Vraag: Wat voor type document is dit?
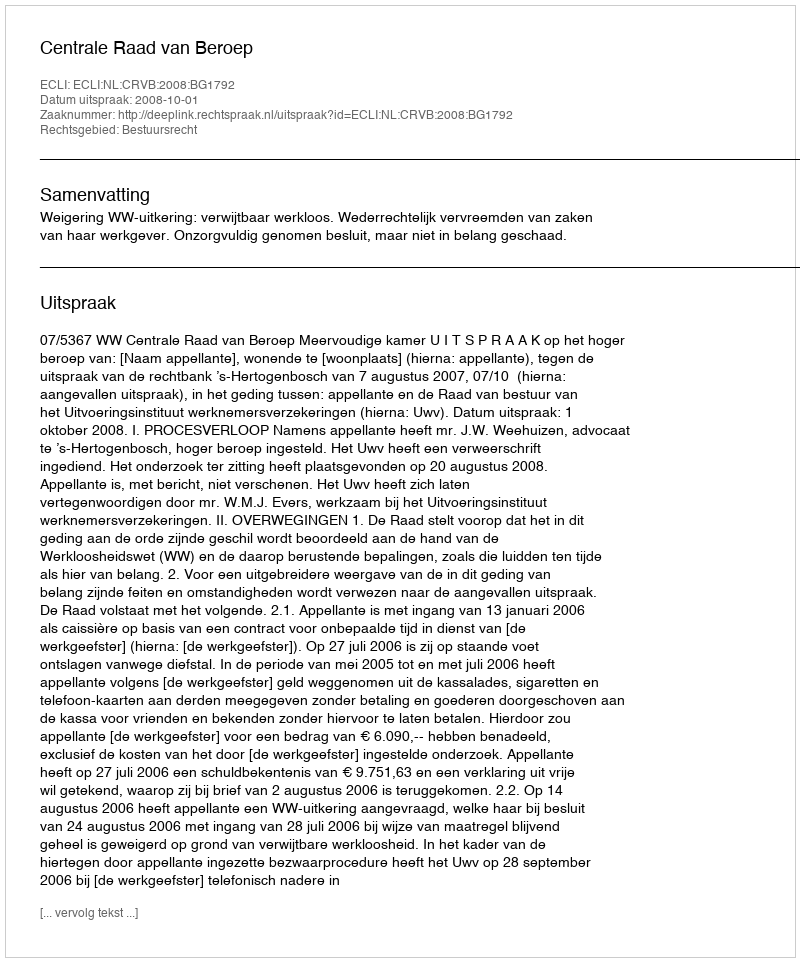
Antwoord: Uitspraak